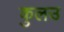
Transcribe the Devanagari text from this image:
कुलउ